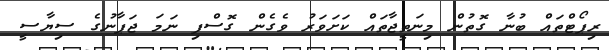
ރިޕޯޓްތައް ބުނާ ގޮތުން މިނަތީޖާތައް ކަށަވަރު ވެގެން ގޮސްފި ނަމަ ޖަޕާނުގެ ސިޔާސީ